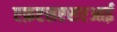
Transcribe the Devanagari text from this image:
एफ़एसएसएआई